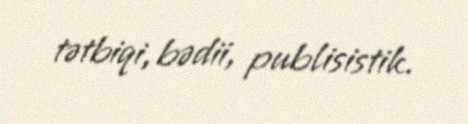
tətbiqi, bədii, publisistik.